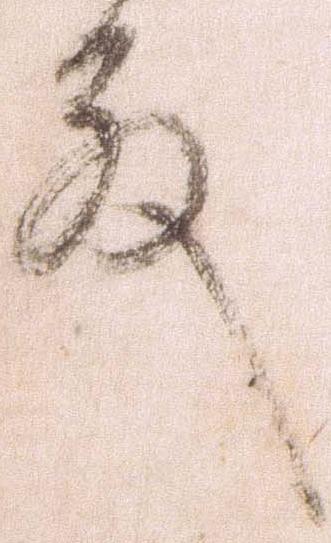
殿